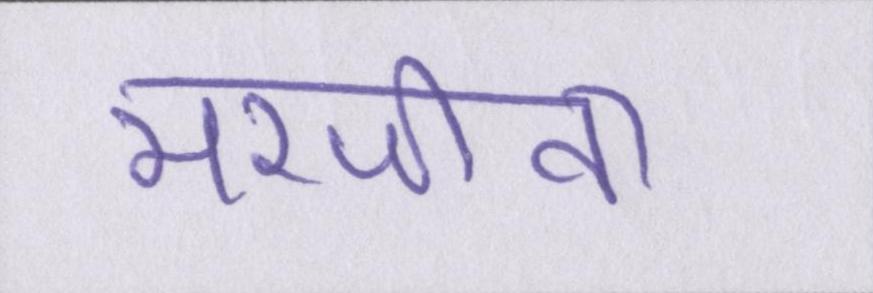
मरजीवा